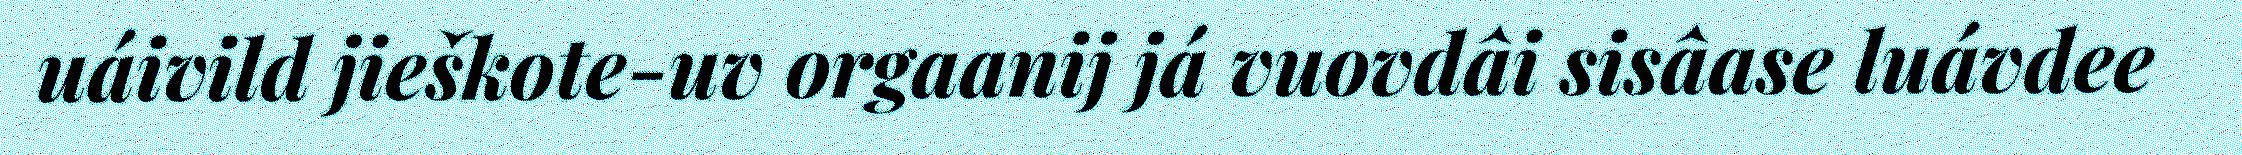
uáivild jieškote-uv orgaanij já vuovdâi sisâase luávdee